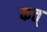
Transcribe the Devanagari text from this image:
कत्